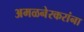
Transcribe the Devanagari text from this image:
अमळनेरकरांना